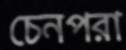
চেনপরা